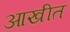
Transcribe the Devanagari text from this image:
आखीत